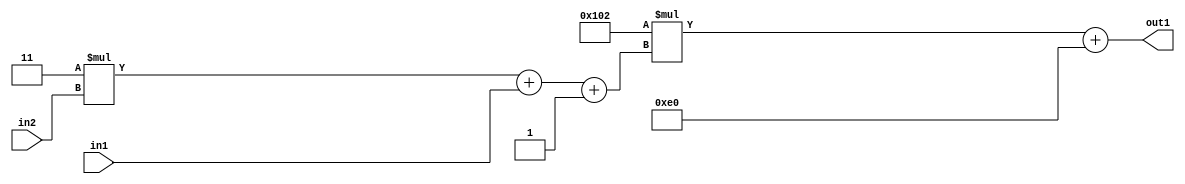
`timescale 1ps / 1ps
/*****************************************************************************
    Verilog RTL Description
    
    
    Created by: Stratus DpOpt 2019.1.01 
*******************************************************************************/

module DC_Filter_Add2i224Mul2i258Add3i1u1Mul2i3u2_1 (
	in2,
	in1,
	out1
	); /* architecture "behavioural" */ 
input [1:0] in2;
input  in1;
output [11:0] out1;
wire [11:0] asc001;
wire [3:0] asc002;

wire [3:0] asc002_tmp_0;
wire [3:0] asc002_tmp_1;
assign asc002_tmp_1 = 
	+(4'B0011 * in2);
assign asc002_tmp_0 = asc002_tmp_1
	+(in1);
assign asc002 = asc002_tmp_0
	+(4'B0001);

wire [11:0] asc001_tmp_2;
assign asc001_tmp_2 = 
	+(12'B000100000010 * asc002);
assign asc001 = asc001_tmp_2
	+(12'B000011100000);

assign out1 = asc001;
endmodule

/* CADENCE  vrTxQww= : u9/ySgnWtBlWxVPRXgAZ4Og= ** DO NOT EDIT THIS LINE ******/